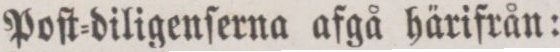
Poſt-diligenſerna afgå härifrån: